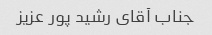
جناب آقای رشید پور عزیز